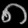
Digit: ၈